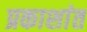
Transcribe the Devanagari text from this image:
प्रकाशांत